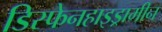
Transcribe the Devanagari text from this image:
डिस्फेनहाइड्रामीन